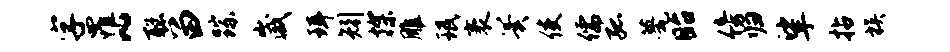
字罹~聪留踪崴珥矧探雕珉袤翼使儒孤甍眙傍归挲拈族